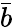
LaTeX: \bar{b}